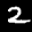
Label: 2